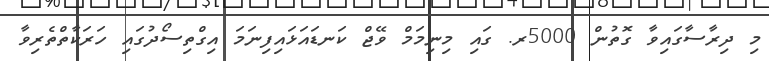
މި ދިރާސާގައިވާ ގޮތުން 5000ރ. ގައި މިނިމަމް ވޭޖް ކަނޑައަޅައިފިނަމަ އިގްތިސޯދުގައި ހަރަކާތްތެރިވާ